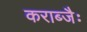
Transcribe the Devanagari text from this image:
कराब्जैः